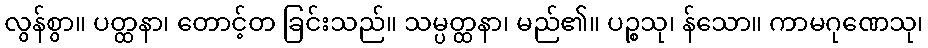
လွန်စွာ။ ပတ္ထနာ၊ တောင့်တ ခြင်းသည်။ သမ္ပတ္ထနာ၊ မည်၏။ ပဉ္စသု၊ န်သော။ ကာမဂုဏေသု၊